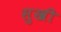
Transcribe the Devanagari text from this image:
सुखी